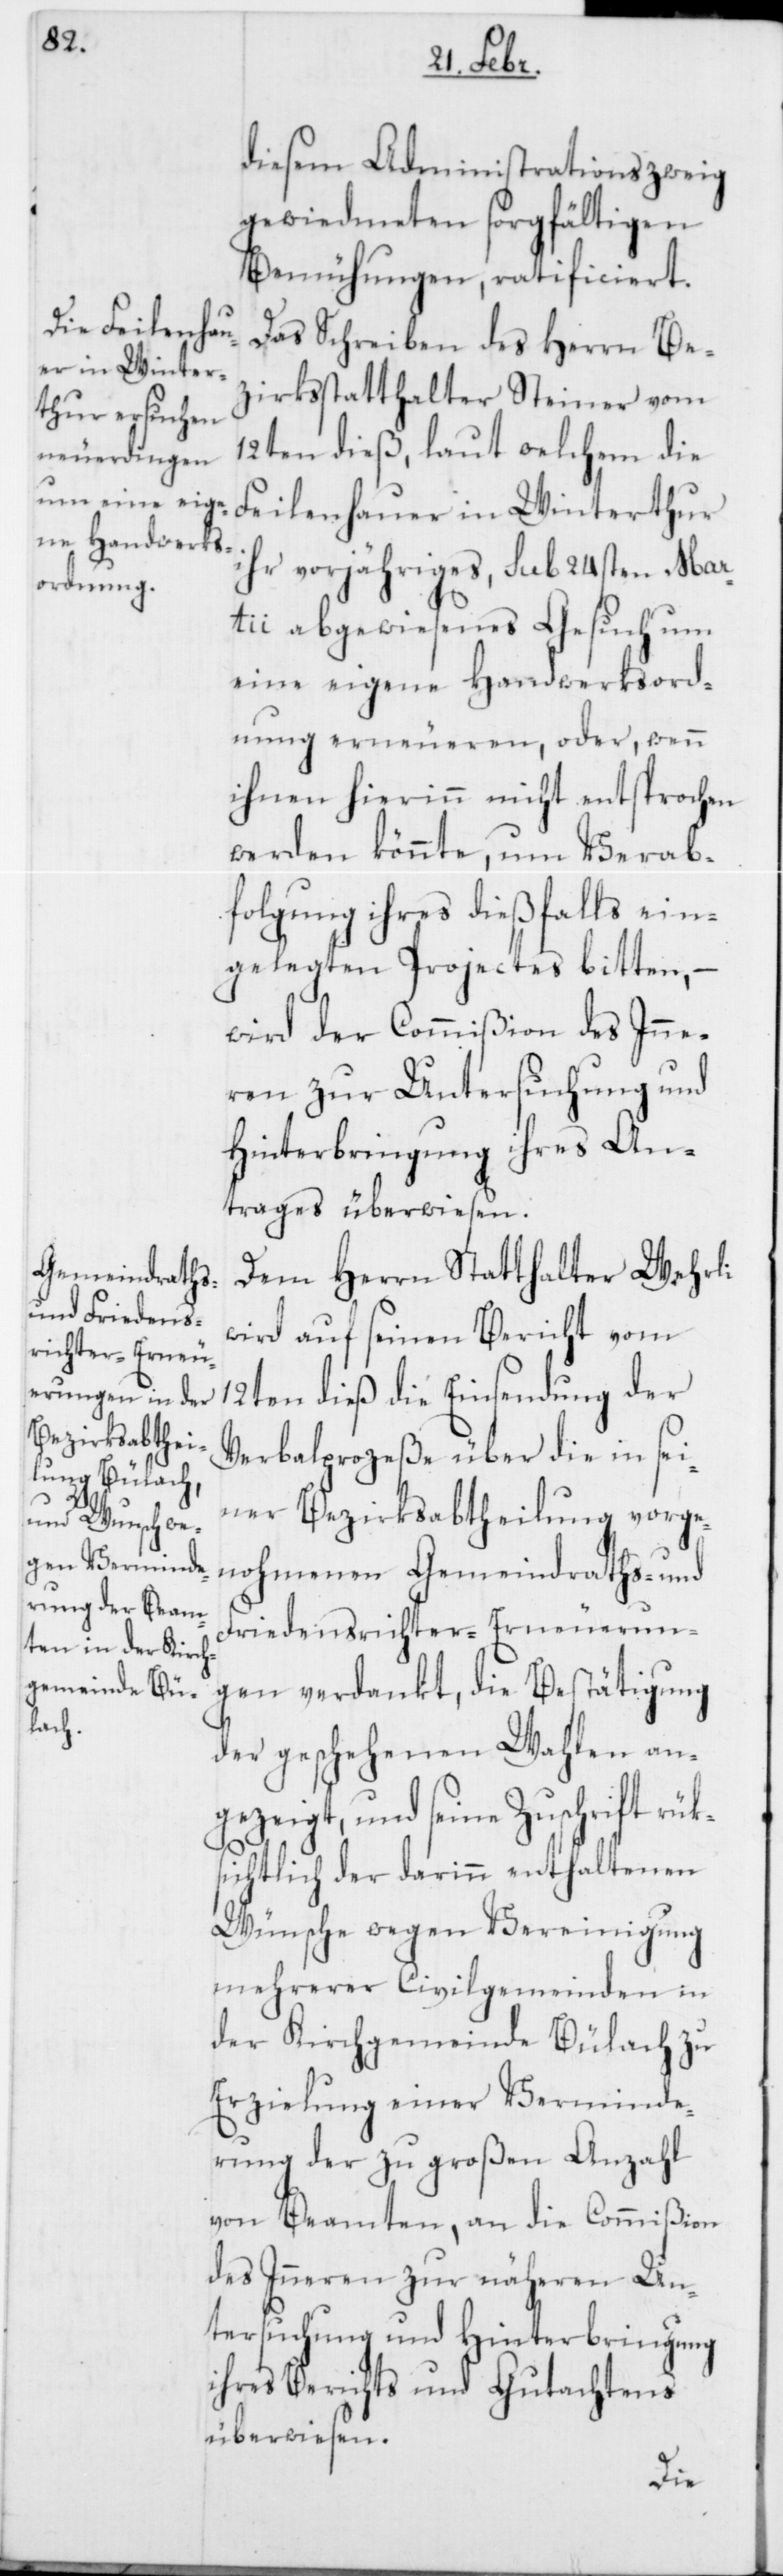
diesem Administrationszweig
gewiedmeten sorgfältigen
Bemühungen, ratificiert.
Das Schreiben des Herrn Be¬
zirksstatthalter Steiner vom
12ten dieß, laut welchem die
Feilenhauer in Winterthur
ihr vorjähriges, sub 24sten Mar¬
tii abgewiesenes Gesuch um
eine eigene Handwerksord¬
nung erneueren, oder wenn
ihnen hierinn nicht entsprochen
werden könnte, um Verab¬
folgung ihres dießfalls ein¬
gelegten Projectes bitten,
wird der Commißion des Inne¬
ren zur Untersuchung und
Hinterbringung ihres An¬
trages überwiesen.
Dem Herrn Statthalter Wehrli
wird auf seinen Bericht vom
12ten dieß die Einsendung der
Verbalprozeße über die in sei¬
ner Bezirksabtheilung vorge¬
nohmenen Gemeindraths- und
Friedensrichter-Erneuerun¬
gen verdankt, die Bestätigung
der geschehenen Wahlen an¬
gezeigt, und seine Zuschrift rüks¬
ichtlich der darinn enthaltenen
Wünsche wegen Vereinigung
mehrerer Civilgemeinden in
der Kirchgemeinde Bülach zu
Erzielung einer Verminde¬
rung der zu großen Anzahl
von Beamten, an die Commißion
des Inneren zur näheren Un¬
tersuchung und Hinterbringung
ihres Berichts und Gutachtens
überwiesen.